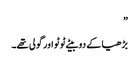
”
بڑھیا کے دو بیٹے ٹوٹو اور گولی تھے۔